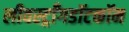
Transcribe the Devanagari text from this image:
लीवस्ट्राँगडॉटकॉम